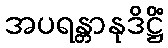
အပရန္တာနုဒိဋ္ဌိံ